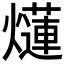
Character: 𤑞